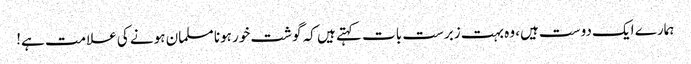
ہمارے ایک دوست ہیں، وہ بہت زبرست بات کہتے ہیں کہ گوشت خور ہونا مسلمان ہونے کی علامت ہے!